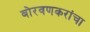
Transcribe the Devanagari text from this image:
बोरवणकरांचा